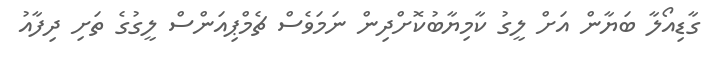
ގާޑިއޯލާ ބަޔާން އަށް ލީގު ކާމިޔާބުކޮށްދިން ނަމަވެސް ޗެމްޕިއަންސް ލީގުގެ ތަށި ދިފާއު